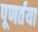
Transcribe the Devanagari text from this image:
पूणर्तया